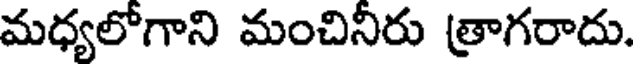
మధ్యలోగాని మంచినీరు త్రాగరాదు.